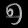
Digit: ၅